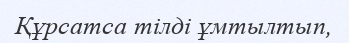
Құрсатса тілді ұмтылтып,